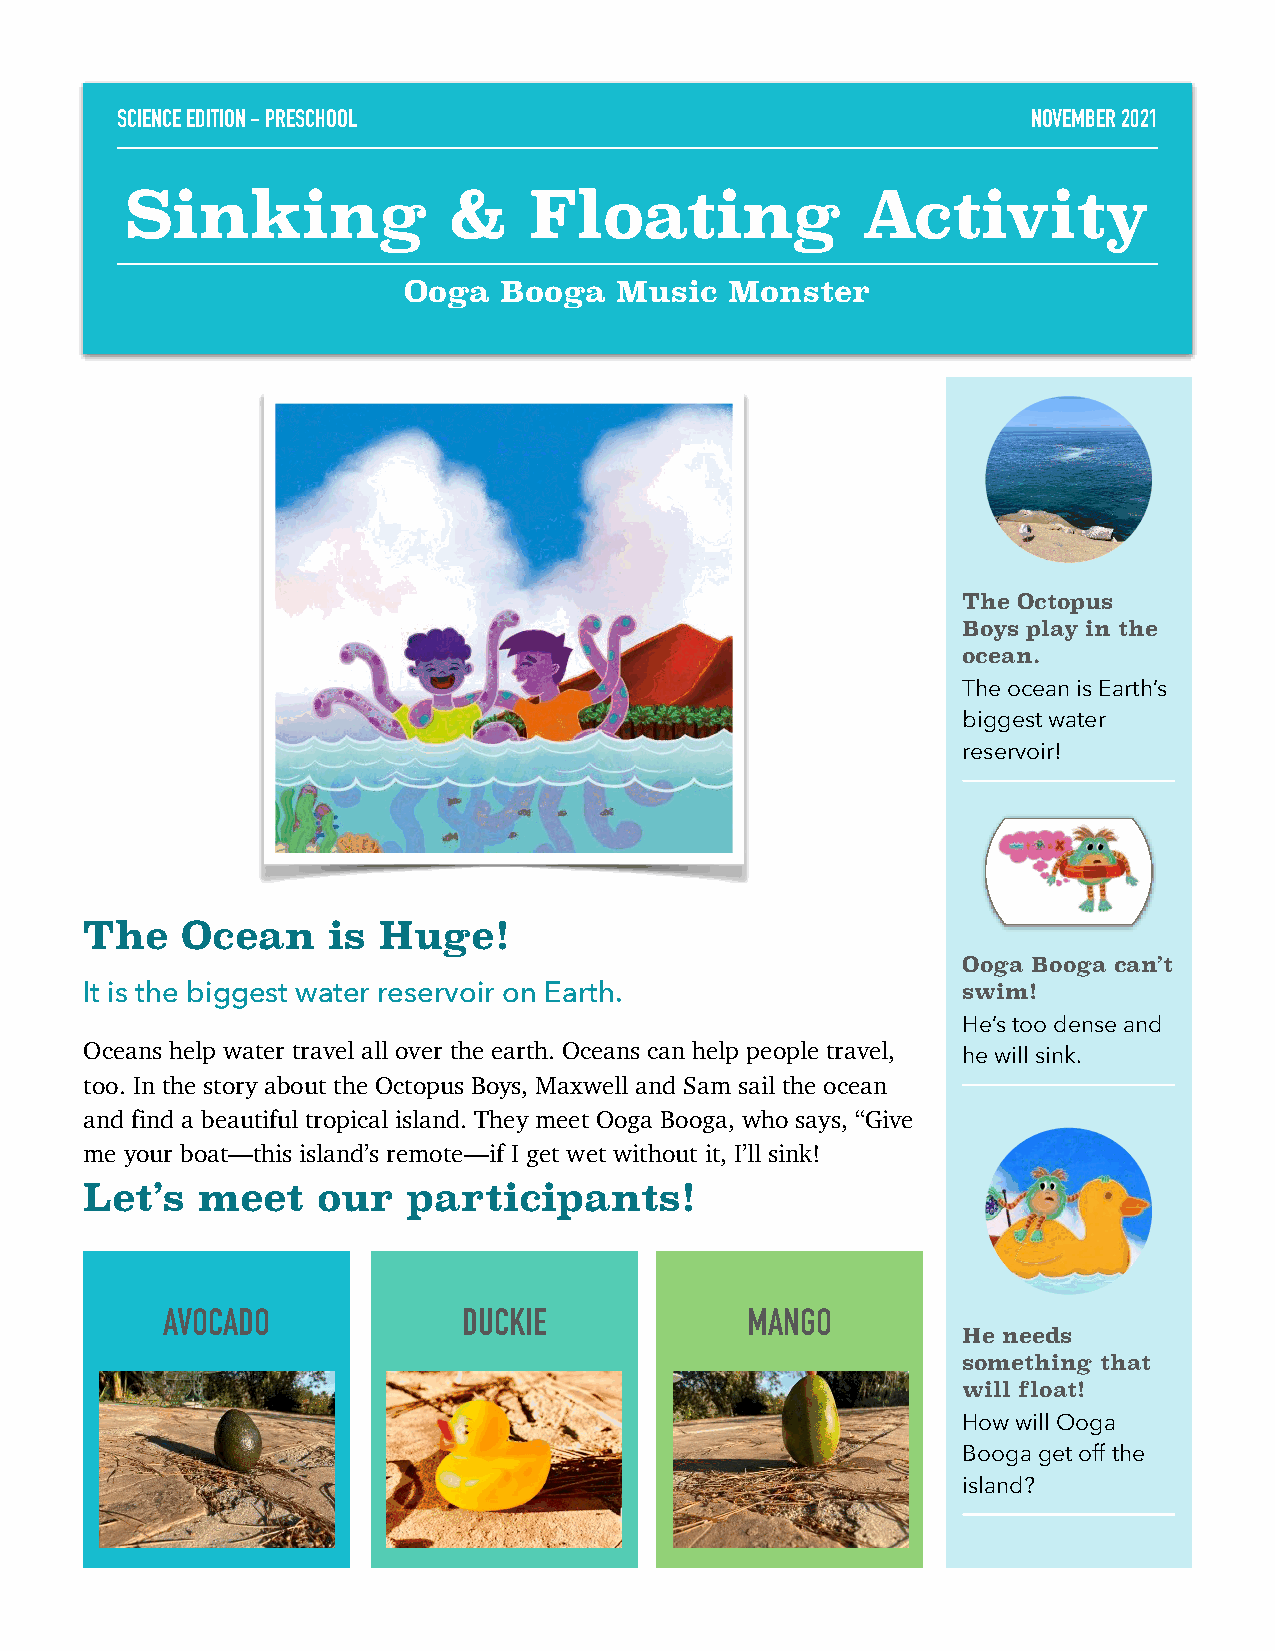
SCIENCE EDITION - PRESCHOOL                                 NOVEMBER 2021
 Sinking               &    Floating              Activity
 Ooga  Booga   Music  Monster
 The Octopus
 Boys play in the
 ocean.
 The ocean is Earth’s
 biggest water
 reservoir!
 The   Ocean     is Huge!
 Ooga Booga can’t
 It is the biggest water reservoir on Earth.               swim!
 He’s too dense and
 Oceans help water travel all over the earth. Oceans can help people travel,
 he will sink.
 too. In the story about the Octopus Boys, Maxwell and Sam sail the ocean
 and find a beautiful tropical island. They meet Ooga Booga, who says, “Give
 me your boat—this island’s remote—if I get wet without it, I’ll sink!
 Let’s  meet    our   participants!
 AVOCADO             DUCKIE            MANGO
 He needs
 something that
 will float!
 How will Ooga
 Booga get off the
 island?